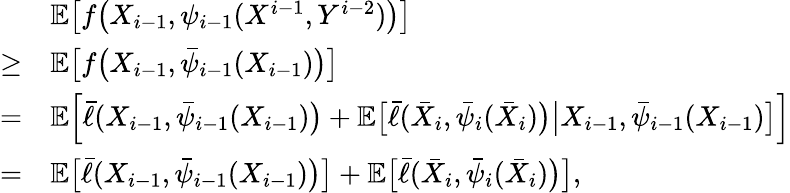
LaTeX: \begin{array}{rl}&{\mathbb{E}\big[f\big(X_{i-1},\psi_{i-1}(X^{i-1},Y^{i-2})\big)\big]}\\ {\ge}&{\mathbb{E}\big[f\big(X_{i-1},\bar{\psi}_{i-1}(X_{i-1})\big)\big]}\\ {=}&{\mathbb{E}\Big[\bar{\ell}(X_{i-1},\bar{\psi}_{i-1}(X_{i-1})\big)+\mathbb{E}\big[\bar{\ell}(\bar{X}_{i},\bar{\psi}_{i}(\bar{X}_{i})\big)\big|X_{i-1},\bar{\psi}_{i-1}(X_{i-1})\big]\Big]}\\ {=}&{\mathbb{E}\big[\bar{\ell}(X_{i-1},\bar{\psi}_{i-1}(X_{i-1})\big)\big]+\mathbb{E}\big[\bar{\ell}(\bar{X}_{i},\bar{\psi}_{i}(\bar{X}_{i})\big)\big],}\end{array}